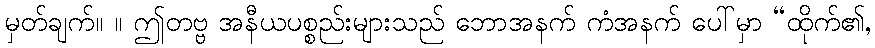
မှတ်ချက်။ ။ ဤတဗ္ဗ အနီယပစ္စည်းများသည် ဘောအနက် ကံအနက် ပေါ်မှာ “ထိုက်၏,